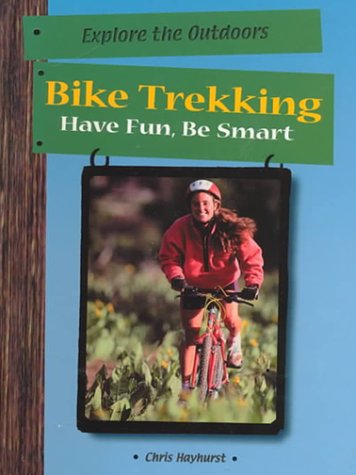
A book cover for Bike Trekking (Explore the Outdoors); Chris Hayhurst; Children's Books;